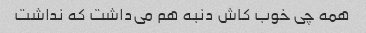
همه چی خوب کاش دنبه هم می‌داشت که نداشت